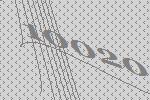
10020